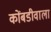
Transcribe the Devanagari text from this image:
कोंबडीवाला